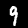
Digit: 9